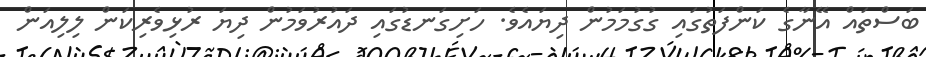
ބަސްތައް އޭނާގެ ކަންފަތުގައި ގުގުމަމުން ދިޔައެވެ. ހަށިގަނޑުގައި ދައުރުވަމުން ދިޔަ ރުޅިވެރިކަން ލިލިއަން